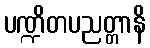
ပဏ္ဍိတပညတ္တာနိ